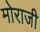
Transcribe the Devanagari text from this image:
मोराजी